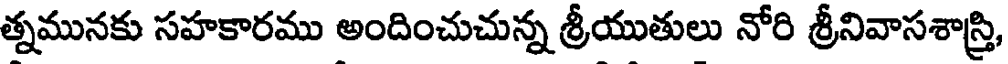
త్నమునకు సహకారము అందించుచున్న శ్రీయుతులు నోరి శ్రీనివాసశాస్త్రి,